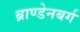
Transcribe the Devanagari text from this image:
ब्राण्डेनबर्ग